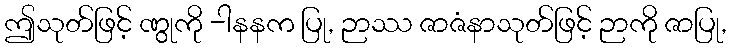
ဤသုတ်ဖြင့် ဏွုကို -ါနနက ပြု, ဉာဿ ဇာဇံနာသုတ်ဖြင့် ဉာကို ဇာပြု,